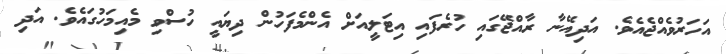
އަހަރުވެއްޖެއެވެ. އަދިއޭނާ ރާއްޖޭގައި ހުރެފައި އިޓަލީއަށް އެންމެފަހުން ދިޔައީ ހުސްވި މެއިމަހުގައެވެ. އަދި